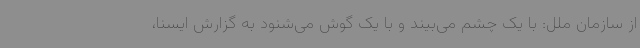
از سازمان ملل: با یک چشم می‌بیند و با یک گوش می‌شنود به گزارش ایسنا،